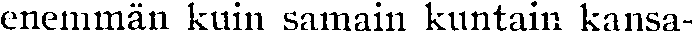
enemmän kuin samain kuntain kansa-